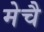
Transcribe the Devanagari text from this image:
मेचै